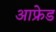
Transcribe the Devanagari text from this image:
आफ्रेड